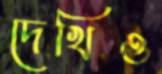
দেখিও